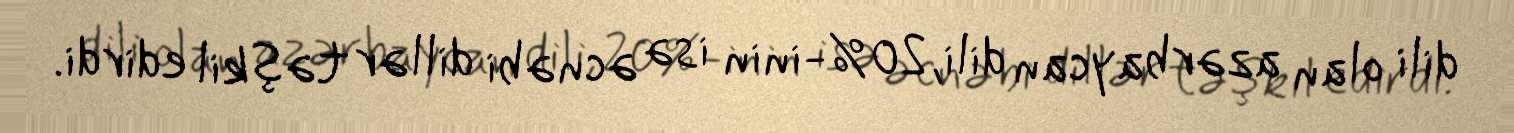
dili olan azərbaycan dili, 20%-inin isə əcnəbi dillər təşkil edirdi.